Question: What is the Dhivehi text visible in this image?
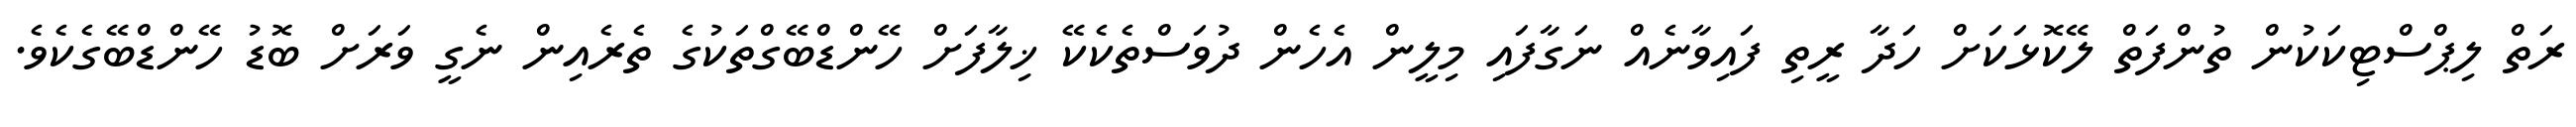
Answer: ރަތް ލިޕްސްޓިކަކުން ތުންފަތް ލޭކޮޅަކަށް ހަދާ ރީތި ފައިވާނެއް ނަގާފައި މިލީން އެހެން ދުވަސްތެކެކޭ ޚިލާފަށް ހޭންޑްބޭގްތަކުގެ ތެރެއިން ނެގީ ވަރަށް ބޮޑު ހޭންޑްބޭގެކެވެ.